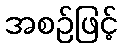
အစဉ်ဖြင့်